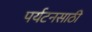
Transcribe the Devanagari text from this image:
पर्यटनसाठी